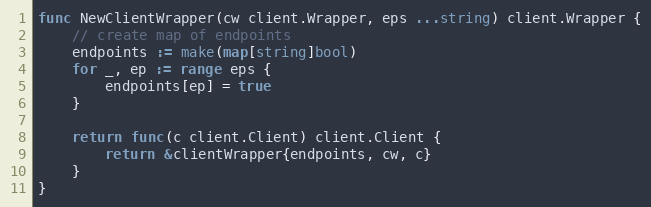
Language: Go
func NewClientWrapper(cw client.Wrapper, eps ...string) client.Wrapper {
	// create map of endpoints
	endpoints := make(map[string]bool)
	for _, ep := range eps {
		endpoints[ep] = true
	}

	return func(c client.Client) client.Client {
		return &clientWrapper{endpoints, cw, c}
	}
}